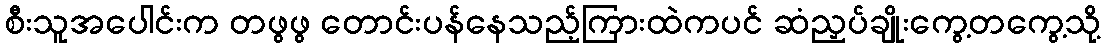
စီးသူအပေါင်းက တဖွဖွ တောင်းပန်နေသည့်ကြားထဲကပင် ဆံညှပ်ချိုးကွေ့တကွေ့သို့